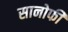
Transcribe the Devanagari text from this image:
सानोफी